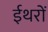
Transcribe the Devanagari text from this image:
ईथरों